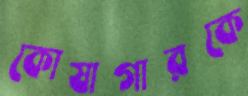
কোষাগারকে